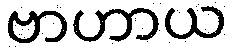
ဗာဟာယ